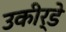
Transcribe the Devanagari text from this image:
उकीर्डे